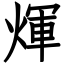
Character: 煇